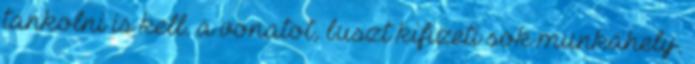
tankolni is kell. a vonatot, buszt kifizeti sok munkahely.